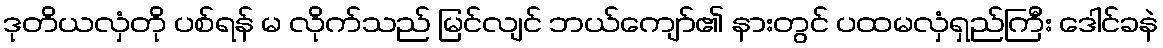
ဒုတိယလှံတို ပစ်ရန် မ လိုက်သည် မြင်လျင် ဘယ်ကျော်၏ နားတွင် ပထမလှံရှည်ကြီး ဒေါင်ခနဲ